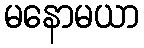
မနောမယာ